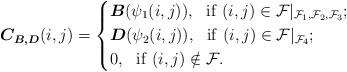
LaTeX: \begin{align*}\boldsymbol{C_{B,D}}(i,j)=\left \{\begin {aligned}&\boldsymbol{B}({\psi_1(i,j)}),~~{\rm if}~(i,j) \in \mathcal F|_{\mathcal F_1,\mathcal F_2,\mathcal F_3};\\&\boldsymbol{D}({\psi_2(i,j)}),~~{\rm if}~(i,j) \in \mathcal F|_{\mathcal F_4};\\&0,~~{\rm if}~(i,j) \notin \mathcal F.\end {aligned}\right.\end{align*}